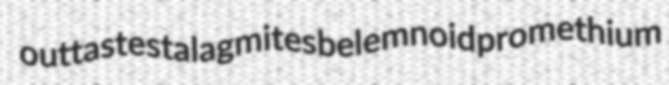
outtaste stalagmites belemnoid promethium